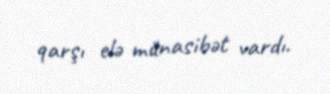
qarşı elə münasibət vardı.